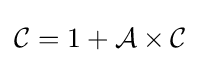
{\mathcal {C}}=1+{\mathcal {A}}\times {\mathcal {C}}